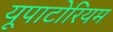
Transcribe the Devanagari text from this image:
यूपाटोरियम